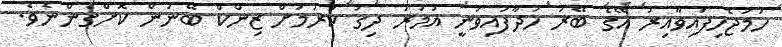
ހަމަޖެހިފައިވާއިރު އޭގެ ބޭރު ހަދާފައިވަނީ އުމުރު ދިގު ކުރުމަށް ޒިންކް ބޭނުން ކޮށްގެންނެވެ.